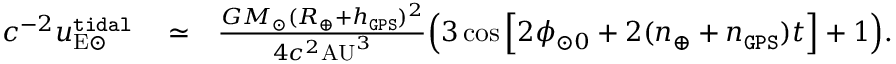
\begin{array} { r l r } { c ^ { - 2 } u _ { \mathrm { E \odot } } ^ { \tt t i d a l } } & { { } \simeq } & { \frac { G M _ { \odot } ( R _ { \oplus } + h _ { \tt G P S } ) ^ { 2 } } { 4 c ^ { 2 } \mathrm { A U } ^ { 3 } } \Big ( 3 \cos \Big [ 2 \phi _ { \odot 0 } + 2 ( n _ { \oplus } + n _ { \tt G P S } ) t \Big ] + 1 \Big ) . } \end{array}